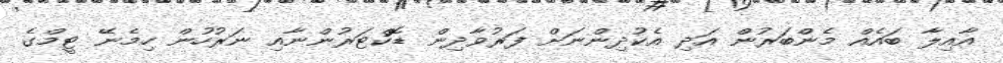
އާއިލާ ބައެއް މެންބަރުން އަދި އެކުދިންނަށް ފަރުވާދިން ޑޮކްޓަރުންނާއި ނަރުހުން ހިމެނޭ ޓީމްގެ